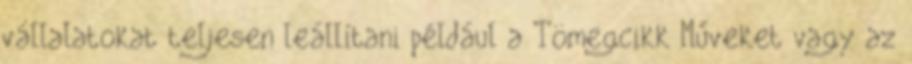
vállalatokat teljesen leállítani például a Tömegcikk Műveket vagy az